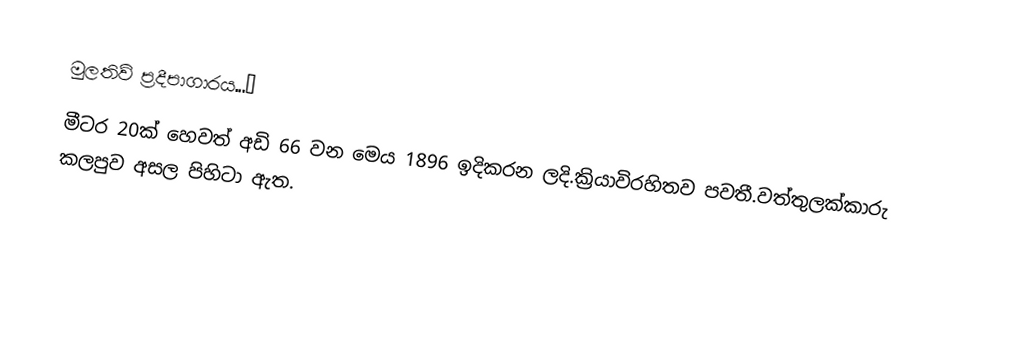
මුලතිව් ප්‍රදීපාගාරය...✍️
මීටර 20ක් හෙවත් අඩි 66 වන මෙය 1896 ඉදිකරන ලදි.ක්‍රියාවිරහිතව පවතී.වත්තුලක්කාරු කලපුව අසල පිහිටා ඇත.